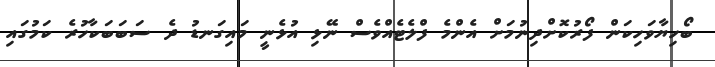
ބޯހިޔާވަހިކަން ފޯރުކޮށްދިނުމަށް އެންމެ ފްލެޓެއްވެސް ނޭޅި އުޅެނީ މައިގަނޑު ދެ ސަބަބަކާހުރެ ކަމުގައި